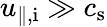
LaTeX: u_{\mathrm{\parallel,i}}\gg c_{\mathrm{s}}